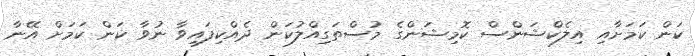
ކަން ކަމަށާއި އިލެކްޝަންސް ކޮމިޝަންގެ މުސްތަގިއްލުކަން ދެއްކިފައިވާ ނުވާ ކަން ކަމަށް އޭނާ